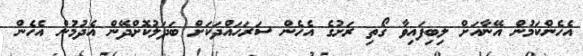
އެހެންކަމުން އޭނާއަށް ލިބިފައިވާ ގޯތި ރަށުގެ އެހެން ސަރަހައްދަކަށް ބަދަލުކޮށްދޭން އެދުމުން އެހެން